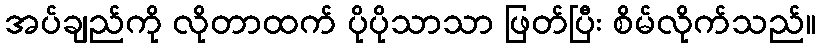
အပ်ချည်ကို လိုတာထက် ပိုပိုသာသာ ဖြတ်ပြီး စိမ်လိုက်သည်။